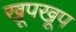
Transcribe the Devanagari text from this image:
खूपखूप